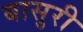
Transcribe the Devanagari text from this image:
बासुरी